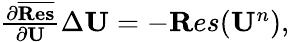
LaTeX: \begin{array}{r}{\frac{\partial\overline{{{\mathbf{Res}}}}}{\partial{\mathbf U}}\Delta{\mathbf U}=-{\mathbf Res}({\mathbf U}^{n}),}\end{array}